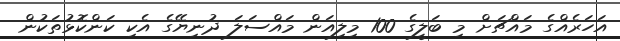
އަހަރެއްގެ މައްޗަށް މި ބަލީގެ 100 މިލިއަން މައްސަލަ ދުނިޔޭގެ އެކި ކަންކޮޅުތަކުން